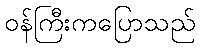
ဝန်ကြီးကပြောသည်